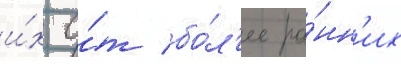
и́х о́т бо́л'ее ра́нн'их